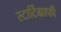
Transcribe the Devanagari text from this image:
स्टार्टिग्राफी